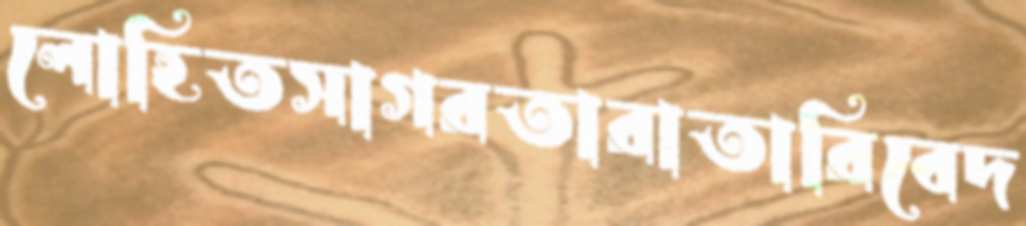
লোহিতসাগরতারাতারিবেদ